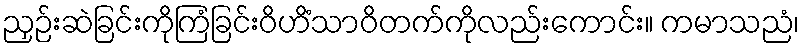
ညှဉ်းဆဲခြင်းကိုကြံခြင်းဝိဟိံသာဝိတက်ကိုလည်းကောင်း။ ကမာသညံ၊